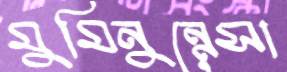
মুমিনুন্নেসা